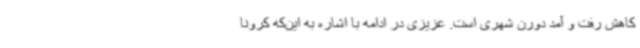
کاهش رفت و آمد دورن شهری است. عزیزی در ادامه با اشاره به این‌که کرونا